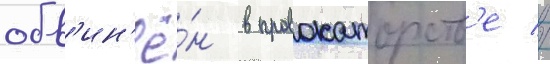
обв'ин'ё́н в провокаторств'е //